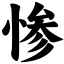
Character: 惨